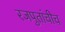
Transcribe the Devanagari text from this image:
रजपुतांचीच